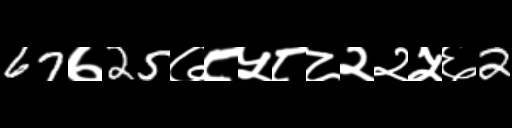
Text: 67७25७८५८८२२५६2